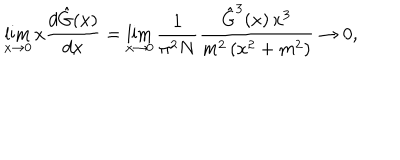
\lim _ { x \rightarrow 0 } x \frac { d \hat { G } ( x ) } { d x } = \lim _ { x \rightarrow 0 } \frac { 1 } { \pi ^ { 2 } N } \frac { \hat { G } ^ { 3 } ( x ) \, x ^ { 3 } } { m ^ { 2 } \left( x ^ { 2 } + m ^ { 2 } \right) } \rightarrow 0 ,